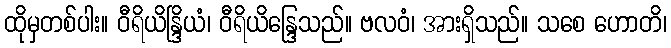
ထိုမှတစ်ပါး။ ဝီရိယိန္ဒြိယံ၊ ဝီရိယိန္ဒြေသည်။ ဗလဝံ၊ အားရှိသည်။ သစေ ဟောတိ၊